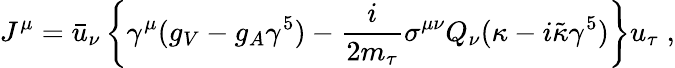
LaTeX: J^{\mu}=\bar{u}_{\nu}\left\{ \gamma^{\mu}(g_{V}-g_{A}\gamma^{5})-\frac{i}{2m_{\tau}}\sigma^{\mu\nu}Q_{\nu}(\kappa-i\tilde{\kappa}\gamma^{5})\right\} u_{\tau}\; ,